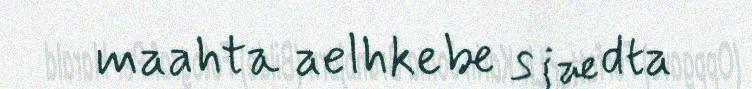
maahta aelhkebe sjædta